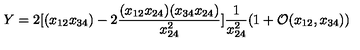
Y = 2 [ ( x _ { 1 2 } x _ { 3 4 } ) - 2 \frac { ( x _ { 1 2 } x _ { 2 4 } ) ( x _ { 3 4 } x _ { 2 4 } ) } { x _ { 2 4 } ^ { 2 } } ] \frac { 1 } { x _ { 2 4 } ^ { 2 } } ( 1 + \mathcal { O } ( x _ { 1 2 } , x _ { 3 4 } ) )